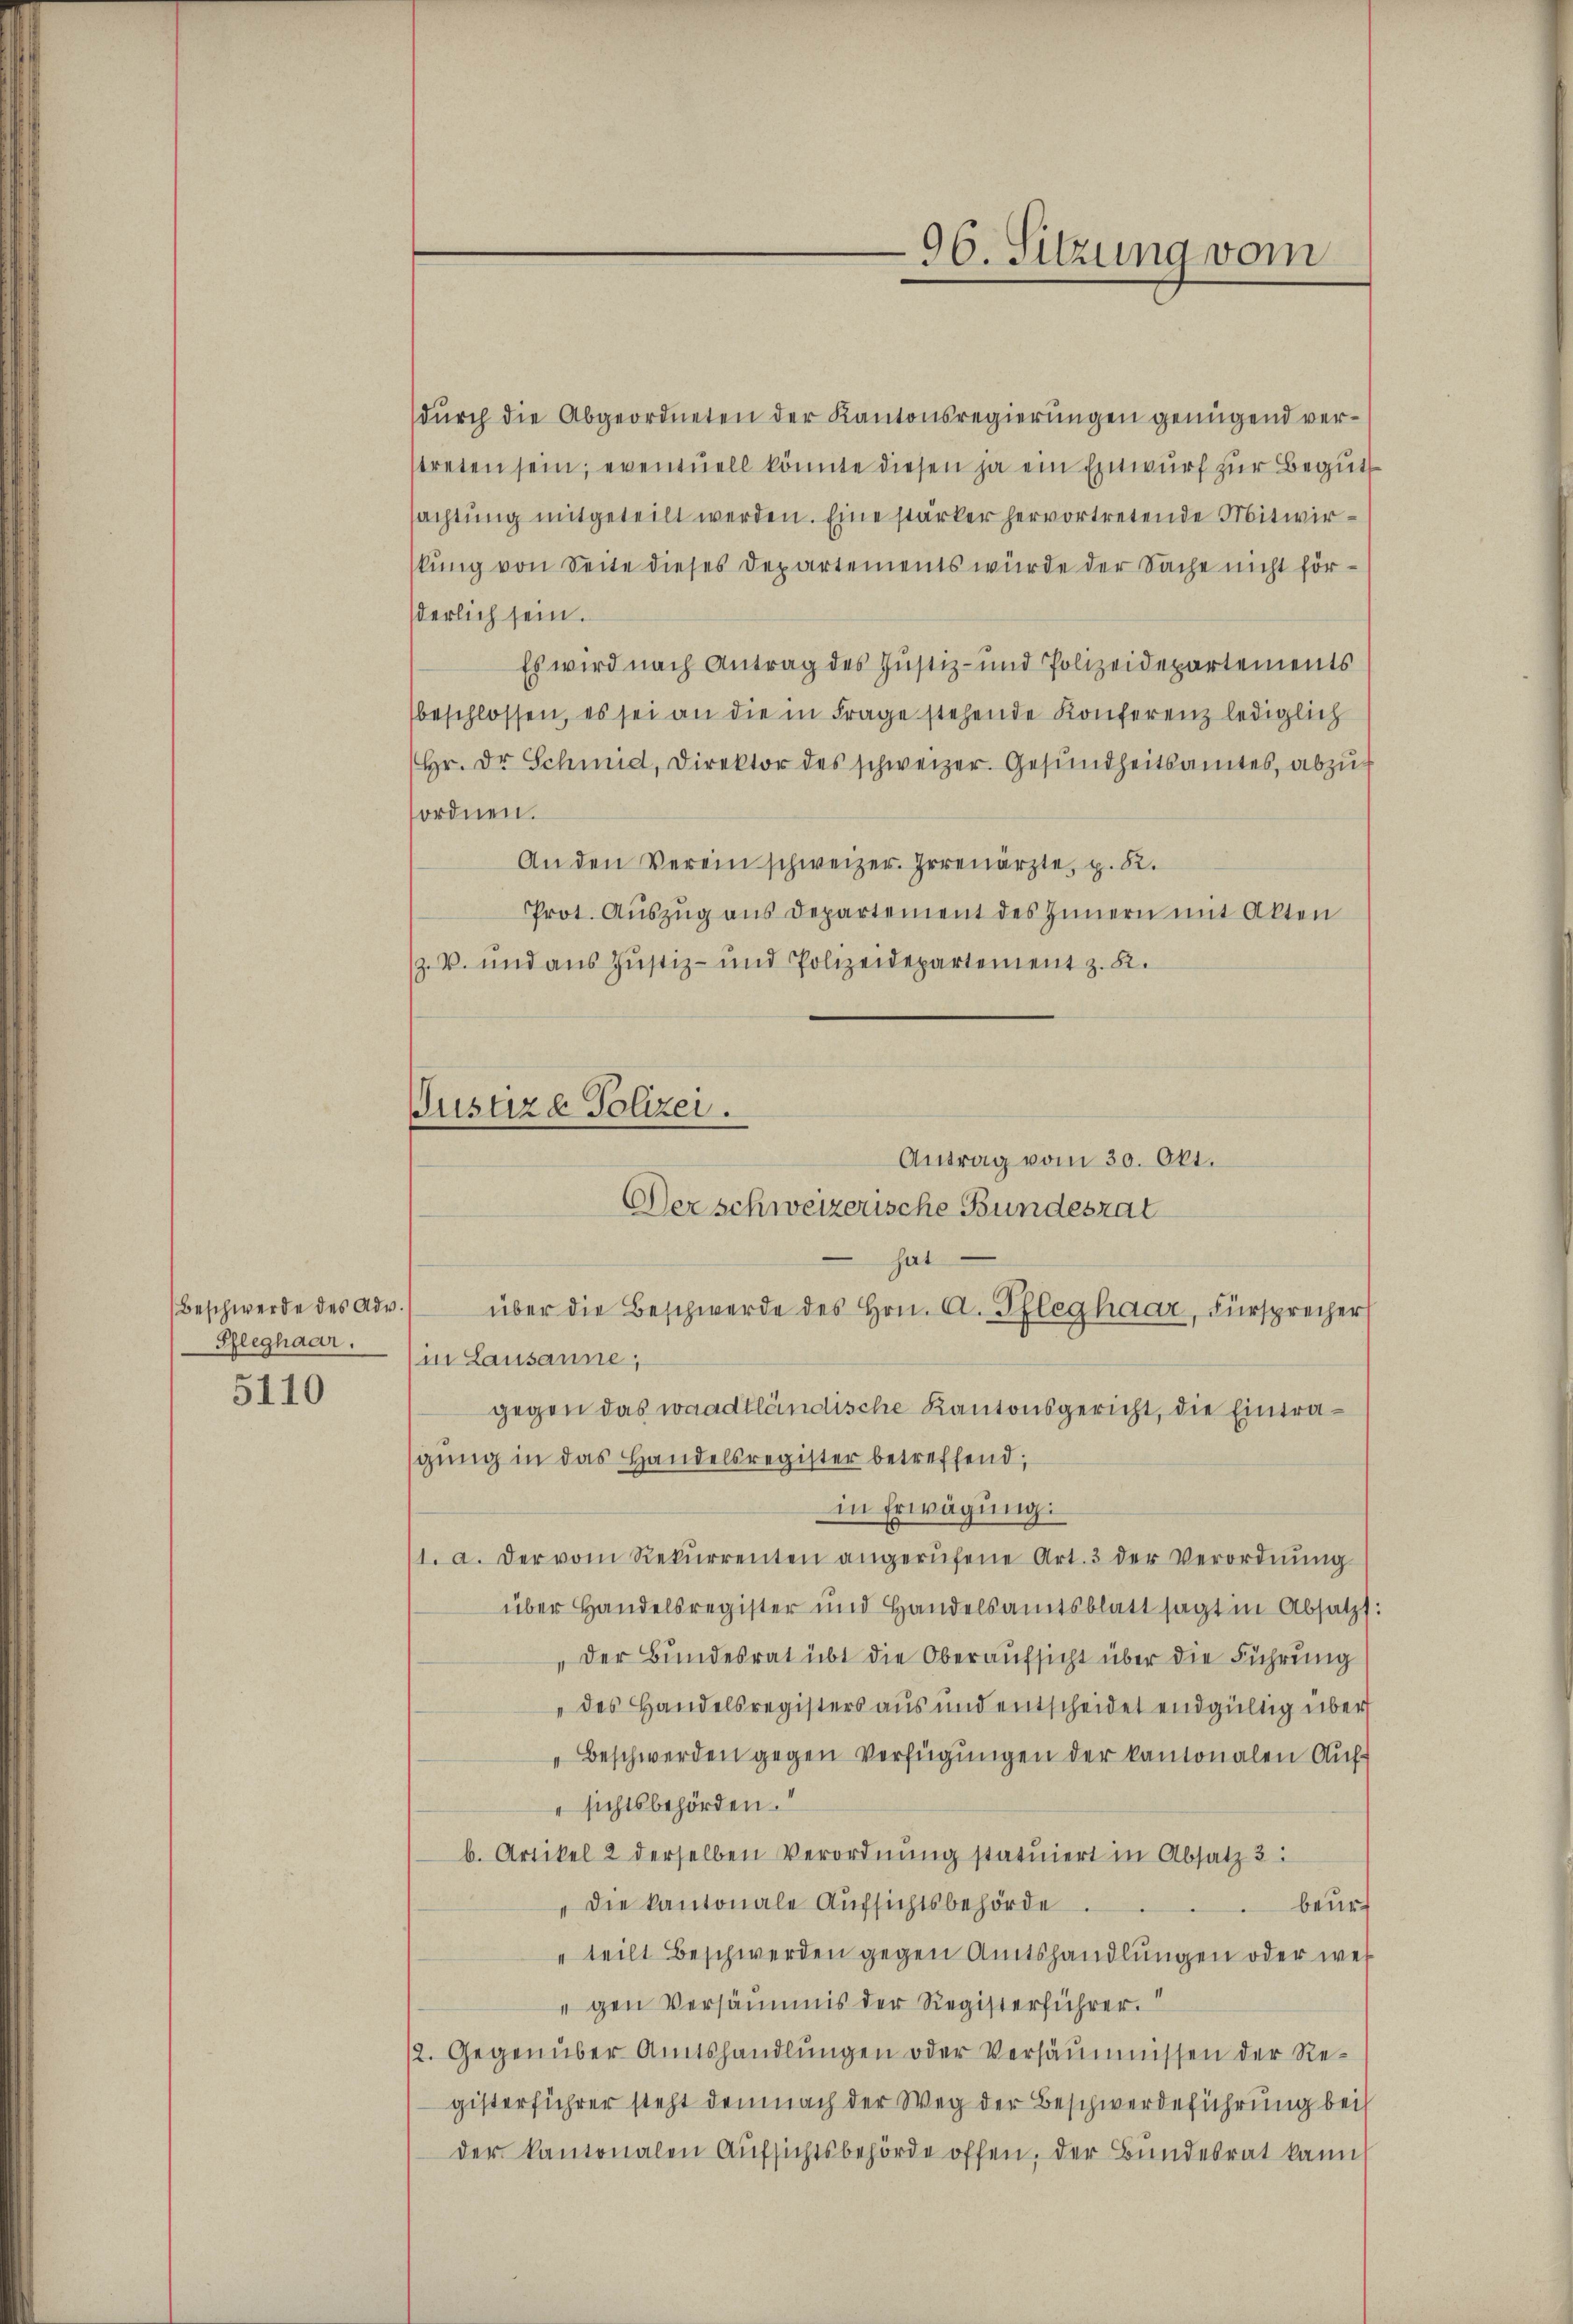
Beschwerde des Adv.
Pfleghaar.
5110

Justize Polizei.
Der schweizerische Bundesrat

96. Sitzung vom

(durch die Abgeordneten der Kantonsregierungen genügend verstreten sein, eventuell könnte diesen ja ein Entwurf zur Begut
sachtung mitgeteilt werden. Eine stärker hervortretende Mitwirkung von Seite dieses Departements würde der Sache nicht förderlich sein.
Es wird nach Antrag des Justiz- und Polizeidepartements
beschlossen, es sei an die in Frage stehende Konferenz lediglich
Hr. Dr Schmid, Direktor des schweizer. Gesundheitsamtes, abzu-
ordnen.
An den Verein schweizer. Irrenärzte, p. 52.
Prot. Aŭszŭg ans Departement des Zimmern mit Akten
Z. V. und aus Justiz- und Polizeidepartement z. K.
Antrag vom 30. Okt.
hat
über die Beschwerde des Hrn. A. Pfleghaar, Fürsprecher
(in Lausanne,
gegen das waadtländische Kantonsgericht, die Eintragung in das Handelsregister betreffend,
in Erwägung:
1. a. der vom Rekŭrrenten angerŭfene Art. 3 der Verordnŭng
über Handelsregister und Handelsamtsblatt sagt in Absatzt:
„der Bundesrat übt die Oberaufsicht über die Führung
„des Handelsregisters aus und entscheidet endgültig über
Beschwerden gegen Verfügungen der kantonalen Auf¬
" sichtsbehörden.
b. Artikel 2 derselben Verordnung statuiert in Absatz 3:
"die kantonale Aufsichtsbehörde
beur¬
.
" teilt Beschwerden gegen Amtshandlungen oder wei
gen Versäumnis der Registerführer.
12. Gegenüber Amtshandlungen oder Versäumnissen der Registerführer steht demnach der Weg der Beschwerdeführung bei
der Kantonalen Aufsichtsbehörde offen, der Bundesrat kann